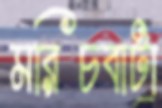
মরিচবাটা